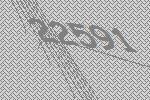
22591